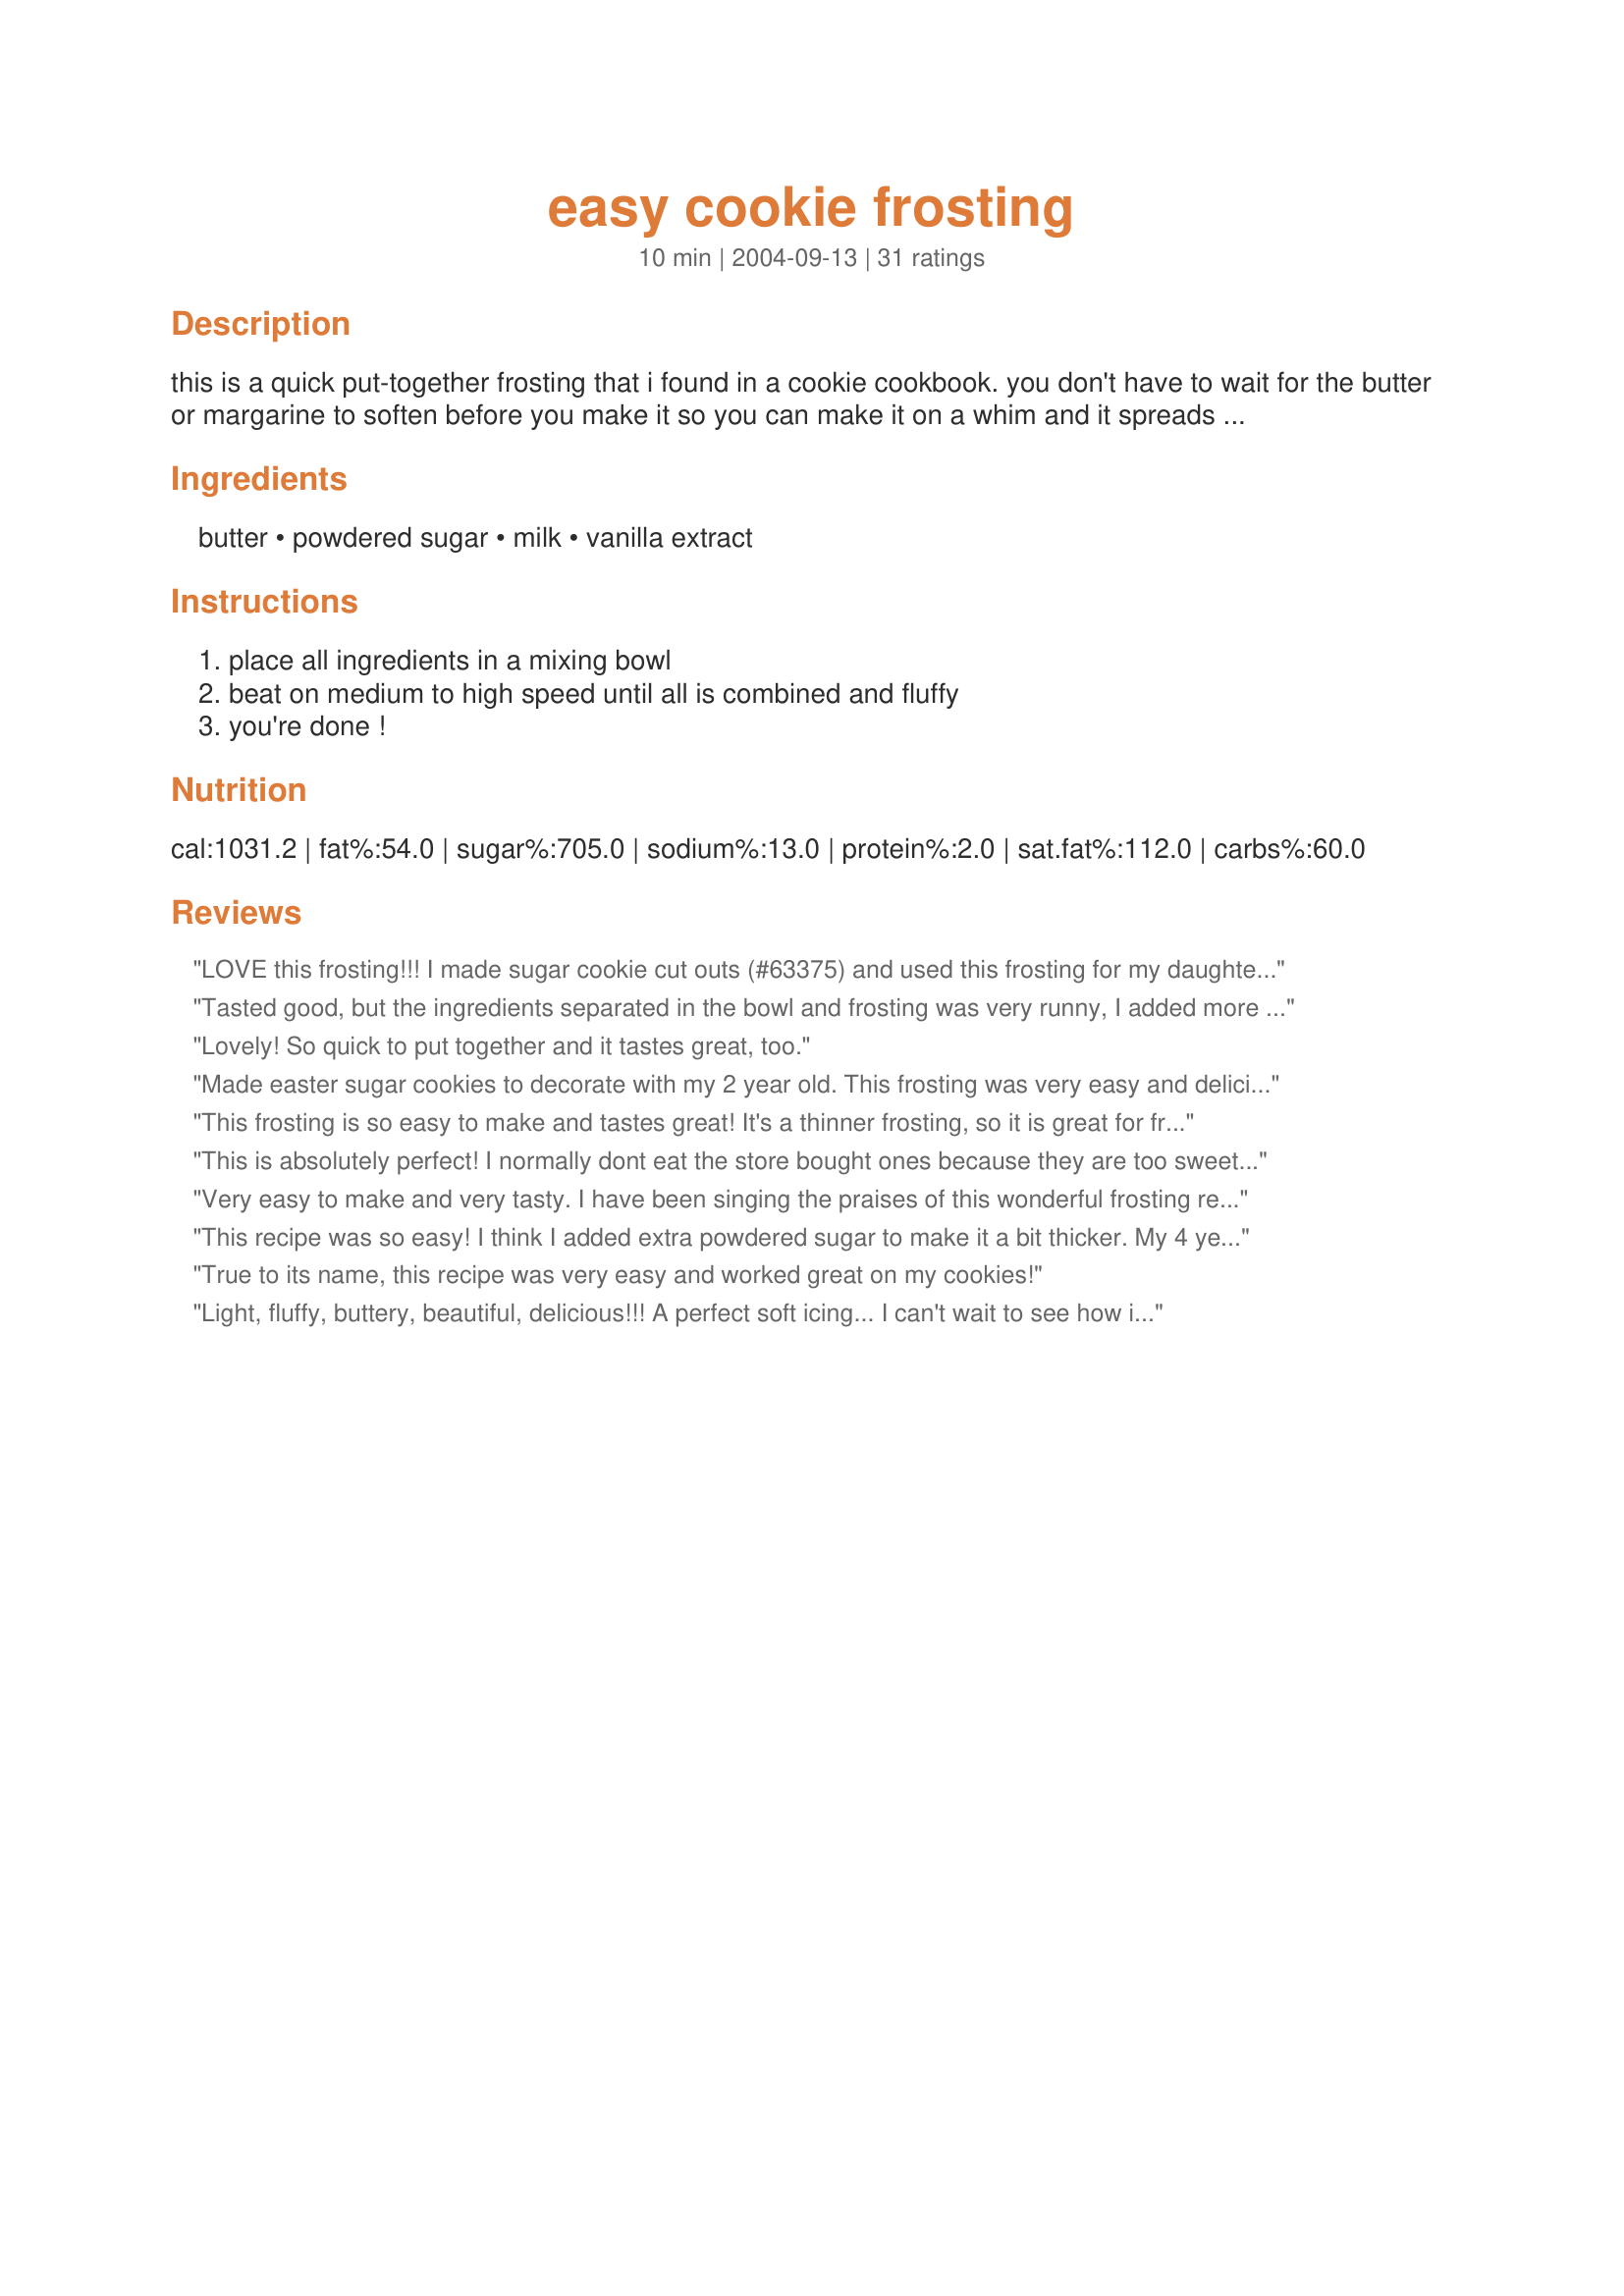
easy cookie frosting
Preparation time: 10 minutes

this is a quick put-together frosting that i found in a cookie cookbook. you don't have to wait for the butter or margarine to soften before you make it so you can make it on a whim and it spreads on nice and thick without that store bought taste. i also like the way you don't have to wait all night for it to harden up. easy ingredients makes it a real keeper!

Ingredients:
butter, powdered sugar, milk, vanilla extract

Steps:
place all ingredients in a mixing bowl, beat on medium to high speed until all is combined and fluffy, you're done !

Reviews:
LOVE this frosting!!! I made sugar cookie cut outs (#63375) and used this frosting for my daughter's dance class halloween party last night. They loved them and so did all the parents. I will put this in the front of my frosting recipe book!!! Thanks for sharing.
Tasted good, but the ingredients separated in the bowl and frosting was very runny, I added more powdered sugar but it did not help. And once the frosting was on the cookie it looked "unblended". I think I am gonna move on to a different frosting recipe.
Lovely! So quick to put together and it tastes great, too.
Made easter sugar cookies to decorate with my 2 year old. This frosting was very easy and deliciously sweet. Added some color, and everything was perfect!!!
This frosting is so easy to make and tastes great! It's a thinner frosting, so it is great for frosting cookies and sprinkles adhere very well to it.
Thanks for posting this delicious frosting recipe!

This is absolutely perfect! I normally dont eat the store bought ones because they are too sweet, but was able to eat the cookies i frosted with this recipe without any problems. This is my new frsting recipe...Thanks bunches!!!!
Very easy to make and very tasty. I have been singing the praises of this wonderful frosting recipe.
This recipe was so easy! I think I added extra powdered sugar to make it a bit thicker. My 4 year old frosted cookies very easily and made hardly a mess with it! Thanks for the great recipe. It's my new favorite for cookies!
True to its name, this recipe was very easy and worked great on my cookies!
Light, fluffy, buttery, beautiful, delicious!!! A perfect soft icing... I can't wait to see how it dries up tomorrow! Thanks for sharing, CarpenterGirl!
Very good icing, great for those holiday cookies! Easy to mix up with a mixer, harder if by hand. these seemed to harden up quickly so put your sprinkles on RIGHT after you frost.
Perfect. Added 2-3 tbs of cream cheese because I needed to use it up. Delicious! Thanks!
Consistency is perfect for cookies. This was exactly what I needed for Wanda's Cutout Christmas Cookies from yooper
This turned out so great! I cut the recipe in half and used it to frost my funfetti cookies #93732. I will never buy canned frosting again! Thank you for posting.
Absolutely love this recipe. So easy to make, and always delicious. Goes wonderfully on simple sugar cookies. My only suggestion is to let the butter soften up just a wee bit. It works with the cold butter, but my mixed had a bit of a time throwing chunks of butter out! Thanks for the great recipe!
This frosting was so easy and yummy! I added 1 tsp of lemon extract and reduced vanilla to 1/4 tsp, because I was making frosting for lemon cookies...they were great!
i think the runny reviews used cold butter - i would say try margarine only... hmmm....mine was too runny too
My favorite fluffy cookie icing I've found! This is so easy to make and very tasty. I made it once for cinnamon rolls too and it worked wonderfully!
Really easy to make, no complaint at all! I did need to add a couple tablespoons extra of powder sugar to get the frosting the right consistency. I made 2x, once with vanilla extract, and once with mint. I'll definitely be coming back to this recipe.
This was so easy and worked well for our Christmas cutout cookies. Thanks for sharing!
This was okay. It tasted a little too sweet for me. But my 3 year old and DH like it.
This frosting is easy, and is super, super, sweet.
This is the cookie icing I will always use. I always have all of the ingredients on hand and it hardens very nicely once spread on the cookies. Of course, it is horribly sweet but that is just the nature of the beast.
This frosting is simple and delicious. I added about 4 tbsp of reduced fat cream cheese. This made the frosting a little thicker, which I like and also added a little extra flavor.
perfect consistency and hardens fast.
This is my new cut out cookie frosting recipe! I'm so happy with the ease of making this. I used to use a glaze to do my cookies, but I'm much happier with the frosting.
Not sure what went wrong. The frosting was really runny. Sweet, and tasted fine, but just not a good consistency.
I loved that you use cold butter for this recipe! My frosting tasted great, but didn't turn out as thick as I would have liked. I would probably try to add more powdered sugar next time. Otherwise, it was great!
Very simple had all ingredients and work perfect on my cookies.. just pour in the milk to the texture you want the frosting to be. I ran out vanilla flavor so I sub with banana flavor in it. Taste amazing. My 6 year had a Blast decorating. Keeper for life.
This is a perfect frosting for my sugar cookies! I only made one change, and that was that I used 1/2 t. vanilla and 1/2 t. almond extract. I'll use this recipe from now on! Thanks!
This really is easy, with ingredients you always have on hand. I find that a great way to cut the sweetness and increase flavor is to add a 1/2 cup of sour creme.
